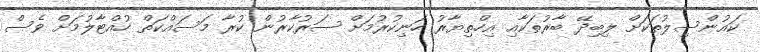
ކައުންސިލުތަކަށް ލިބިދޭ ބާރުތަކާއި އިހްތިޔާރު ހަނިކުރުމަށް ސަރުކާރުން ކުރާ މަސައްކަތް ހުއްޓާލުމަށް ވެސް